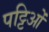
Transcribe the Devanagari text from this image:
पट्टिओं